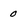
Character: 0